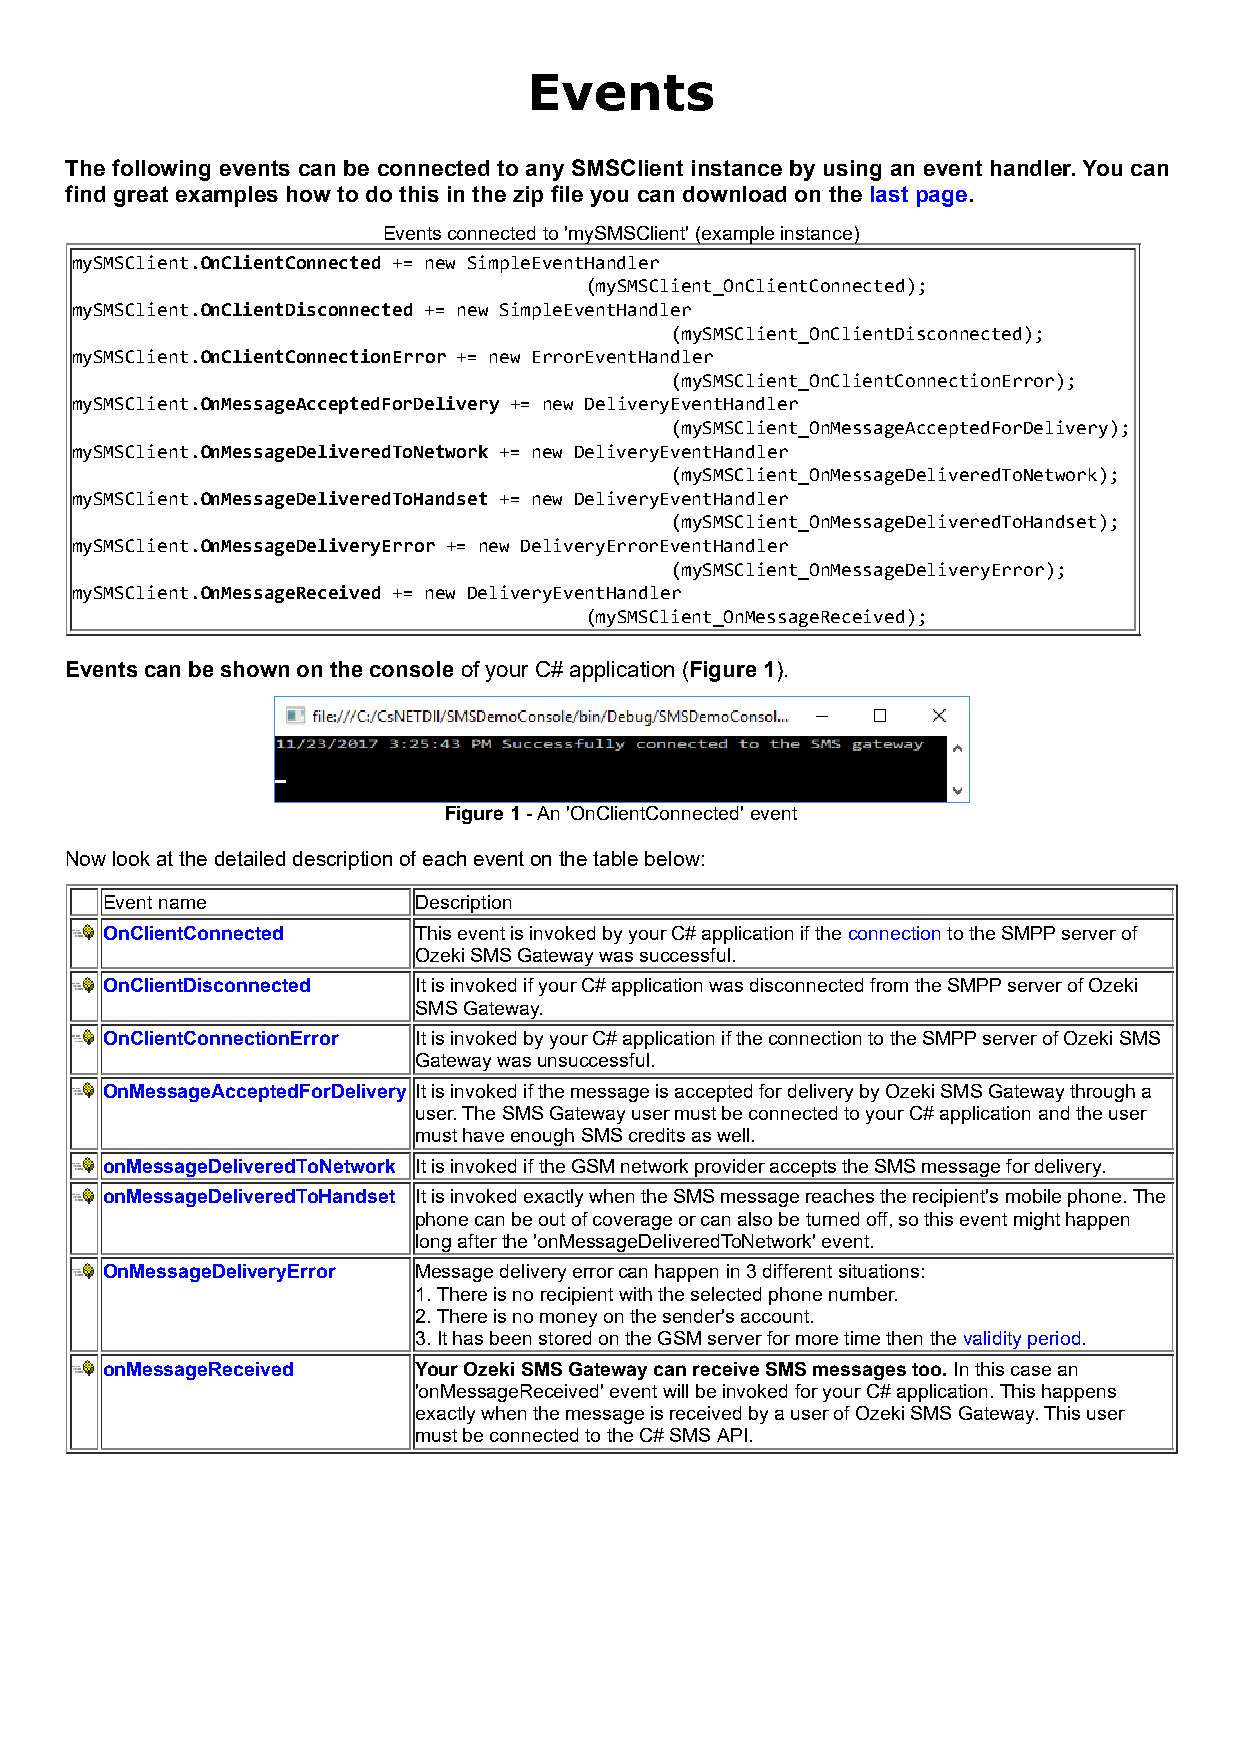
Events
 The following events can be connected to any SMSClient instance by using an event handler. You can
 find great examples how to do this in the zip file you can download on the last page.
 Events connected to 'mySMSClient' (example instance)
 mySMSClient.OnClientConnected += new SimpleEventHandler
 (mySMSClient_OnClientConnected);
 mySMSClient.OnClientDisconnected += new SimpleEventHandler
 (mySMSClient_OnClientDisconnected);
 mySMSClient.OnClientConnectionError += new ErrorEventHandler
 (mySMSClient_OnClientConnectionError);
 mySMSClient.OnMessageAcceptedForDelivery += new DeliveryEventHandler
 (mySMSClient_OnMessageAcceptedForDelivery);
 mySMSClient.OnMessageDeliveredToNetwork += new DeliveryEventHandler
 (mySMSClient_OnMessageDeliveredToNetwork);
 mySMSClient.OnMessageDeliveredToHandset += new DeliveryEventHandler
 (mySMSClient_OnMessageDeliveredToHandset);
 mySMSClient.OnMessageDeliveryError += new DeliveryErrorEventHandler
 (mySMSClient_OnMessageDeliveryError);
 mySMSClient.OnMessageReceived += new DeliveryEventHandler
 (mySMSClient_OnMessageReceived);
 Events can be shown on the console of your C# application (Figure 1).
 Figure 1 - An 'OnClientConnected' event
 Now look at the detailed description of each event on the table below:
 Event name          Description
 OnClientConnected   This event is invoked by your C# application if the connection to the SMPP server of
 Ozeki SMS Gateway was successful.
 OnClientDisconnected It is invoked if your C# application was disconnected from the SMPP server of Ozeki
 SMS Gateway.
 OnClientConnectionError It is invoked by your C# application if the connection to the SMPP server of Ozeki SMS
 Gateway was unsuccessful.
 OnMessageAcceptedForDelivery It is invoked if the message is accepted for delivery by Ozeki SMS Gateway through a
 user. The SMS Gateway user must be connected to your C# application and the user
 must have enough SMS credits as well.
 onMessageDeliveredToNetwork It is invoked if the GSM network provider accepts the SMS message for delivery.
 onMessageDeliveredToHandset It is invoked exactly when the SMS message reaches the recipient's mobile phone. The
 phone can be out of coverage or can also be turned off, so this event might happen
 long after the 'onMessageDeliveredToNetwork' event.
 OnMessageDeliveryError Message delivery error can happen in 3 different situations:
 1. There is no recipient with the selected phone number.
 2. There is no money on the sender's account.
 3. It has been stored on the GSM server for more time then the validity period.
 onMessageReceived   Your Ozeki SMS Gateway can receive SMS messages too. In this case an
 'onMessageReceived' event will be invoked for your C# application. This happens
 exactly when the message is received by a user of Ozeki SMS Gateway. This user
 must be connected to the C# SMS API.